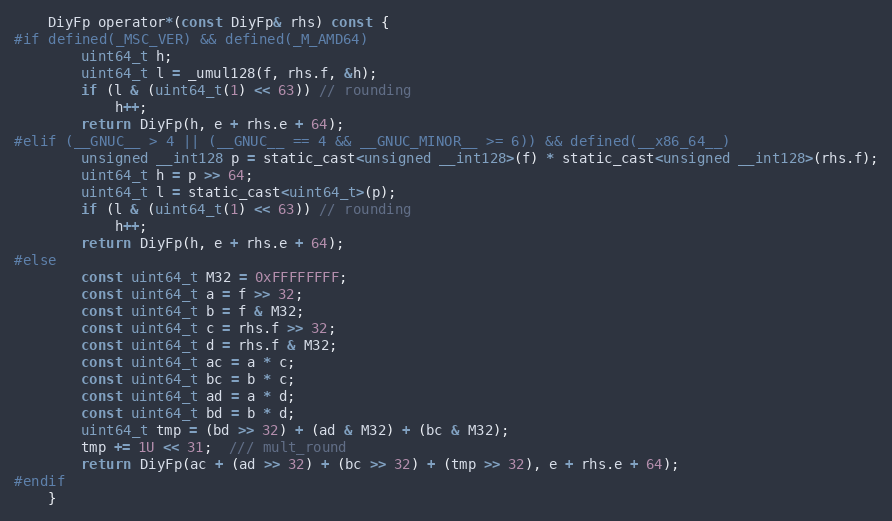
Language: C
    DiyFp operator*(const DiyFp& rhs) const {
#if defined(_MSC_VER) && defined(_M_AMD64)
        uint64_t h;
        uint64_t l = _umul128(f, rhs.f, &h);
        if (l & (uint64_t(1) << 63)) // rounding
            h++;
        return DiyFp(h, e + rhs.e + 64);
#elif (__GNUC__ > 4 || (__GNUC__ == 4 && __GNUC_MINOR__ >= 6)) && defined(__x86_64__)
        unsigned __int128 p = static_cast<unsigned __int128>(f) * static_cast<unsigned __int128>(rhs.f);
        uint64_t h = p >> 64;
        uint64_t l = static_cast<uint64_t>(p);
        if (l & (uint64_t(1) << 63)) // rounding
            h++;
        return DiyFp(h, e + rhs.e + 64);
#else
        const uint64_t M32 = 0xFFFFFFFF;
        const uint64_t a = f >> 32;
        const uint64_t b = f & M32;
        const uint64_t c = rhs.f >> 32;
        const uint64_t d = rhs.f & M32;
        const uint64_t ac = a * c;
        const uint64_t bc = b * c;
        const uint64_t ad = a * d;
        const uint64_t bd = b * d;
        uint64_t tmp = (bd >> 32) + (ad & M32) + (bc & M32);
        tmp += 1U << 31;  /// mult_round
        return DiyFp(ac + (ad >> 32) + (bc >> 32) + (tmp >> 32), e + rhs.e + 64);
#endif
    }